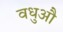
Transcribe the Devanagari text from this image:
वधुऔ